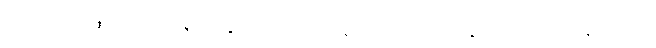
ဈာန်လေးဆင့် (ပထမဈာန်၊ ဒုတိယဈာန်၊ တတိယဈာန်၊ စတုတ္ထဈာန်) လို့ပဲ